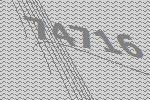
74716